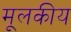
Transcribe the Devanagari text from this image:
मूलकीय